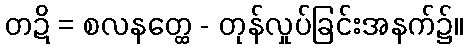
တဍိ = စလနတ္ထေ - တုန်လှုပ်ခြင်းအနက်၌။